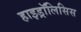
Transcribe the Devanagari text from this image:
हाइड्रॉलिसिस